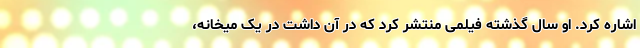
اشاره کرد. او سال گذشته فیلمی منتشر کرد که در آن داشت در یک میخانه،